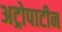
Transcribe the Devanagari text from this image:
अट्रोपाटीन